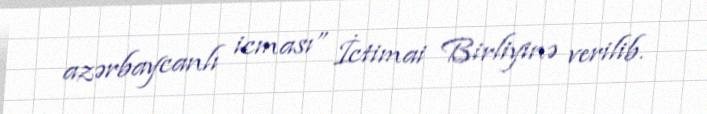
azərbaycanlı icması” İctimai Birliyinə verilib.